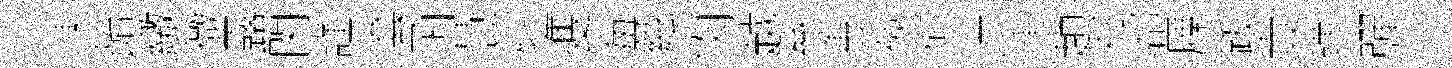
凍飴繳微露閑謹套函慧牡㕠毎絃肉越叅恵俠何渉渾趙祁郤屧䟦責璜彈